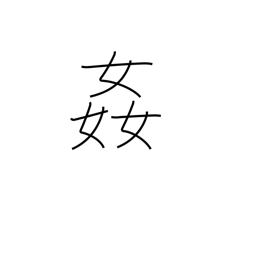
Meaning: seduce